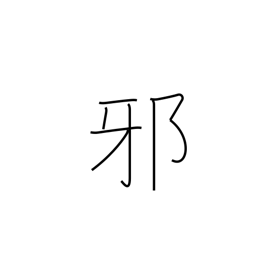
Meaning: injustice